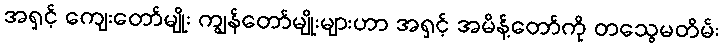
အရှင့် ကျေးတော်မျိုး ကျွန်တော်မျိုးများဟာ အရှင့် အမိန့်တော်ကို တသွေမတိမ်း